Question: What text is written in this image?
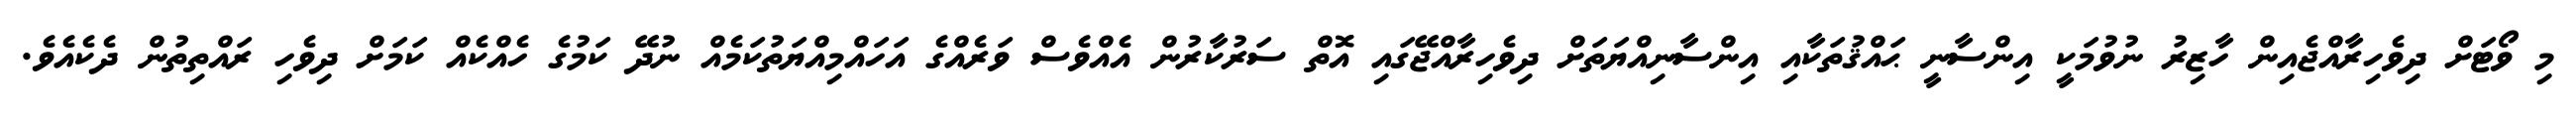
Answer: މި ވޯޓަށް ދިވެހިރާއްޖެއިން ހާޒިރު ނުވުމަކީ އިންސާނީ ޙައްޤުތަކާއި އިންސާނިއްޔަތަށް ދިވެހިރާއްޖޭގައި އޮތް ސަރުކާރުން އެއްވެސް ވަރެއްގެ އަހައްމިއްޔަތުކަމެއް ނުދޭ ކަމުގެ ހެއްކެއް ކަމަށް ދިވެހި ރައްތިތުން ދެކެއެވެ.